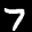
Label: 7